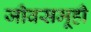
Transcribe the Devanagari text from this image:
जीवसमूही